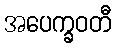
အပေက္ခဝတီ